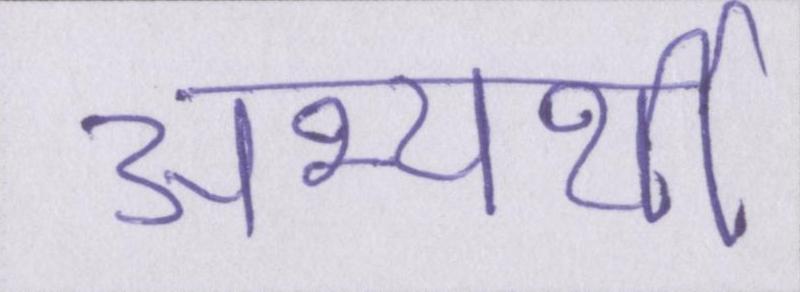
अभ्यर्थी